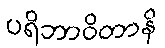
ပရိဘာဝိတာနိ